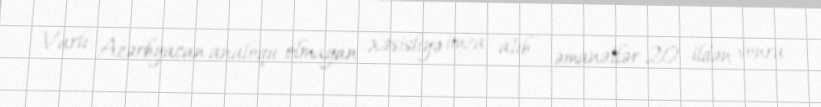
Varlı Azərbyacan analoqu olmayan xəsisliyə imza atıb - əmanətlər 20 ildən sonra